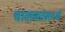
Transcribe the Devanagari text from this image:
चालकांमध्ये